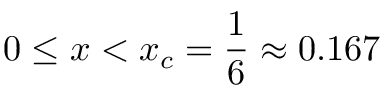
0 \leq x < x _ { c } = \frac { 1 } { 6 } \approx 0 . 1 6 7